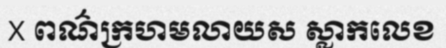
X ពណ៌ក្រហមលាយស ស្លាកលេខ